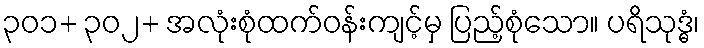
၃၀၁+ ၃၀၂+ အလုံးစုံထက်ဝန်းကျင့်မှ ပြည့်စုံသော။ ပရိသုဒ္ဓံ၊